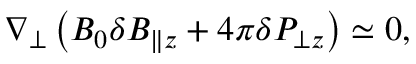
\nabla _ { \perp } \left( B _ { 0 } \delta B _ { \| z } + 4 \pi \delta P _ { \perp z } \right) \simeq 0 ,